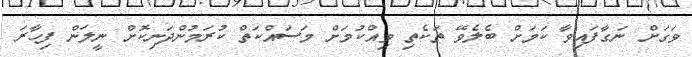
ވަގަށް ނަގާފައިވާ ކަމަށް ބެލެވޭ ތަކެތި ވިއްކުމަށް މަސައްކަތް ކުރަމުންދަނިކޮށް ނީލަން ފިހާރަ